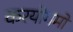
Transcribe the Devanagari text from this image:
करयोगमों